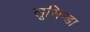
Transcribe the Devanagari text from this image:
लूसिन्डा